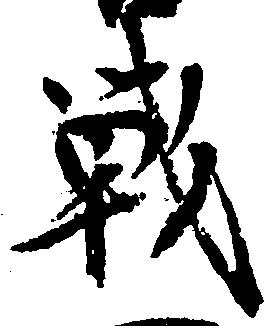
戦